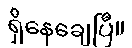
ရှိနေချေပြီ။